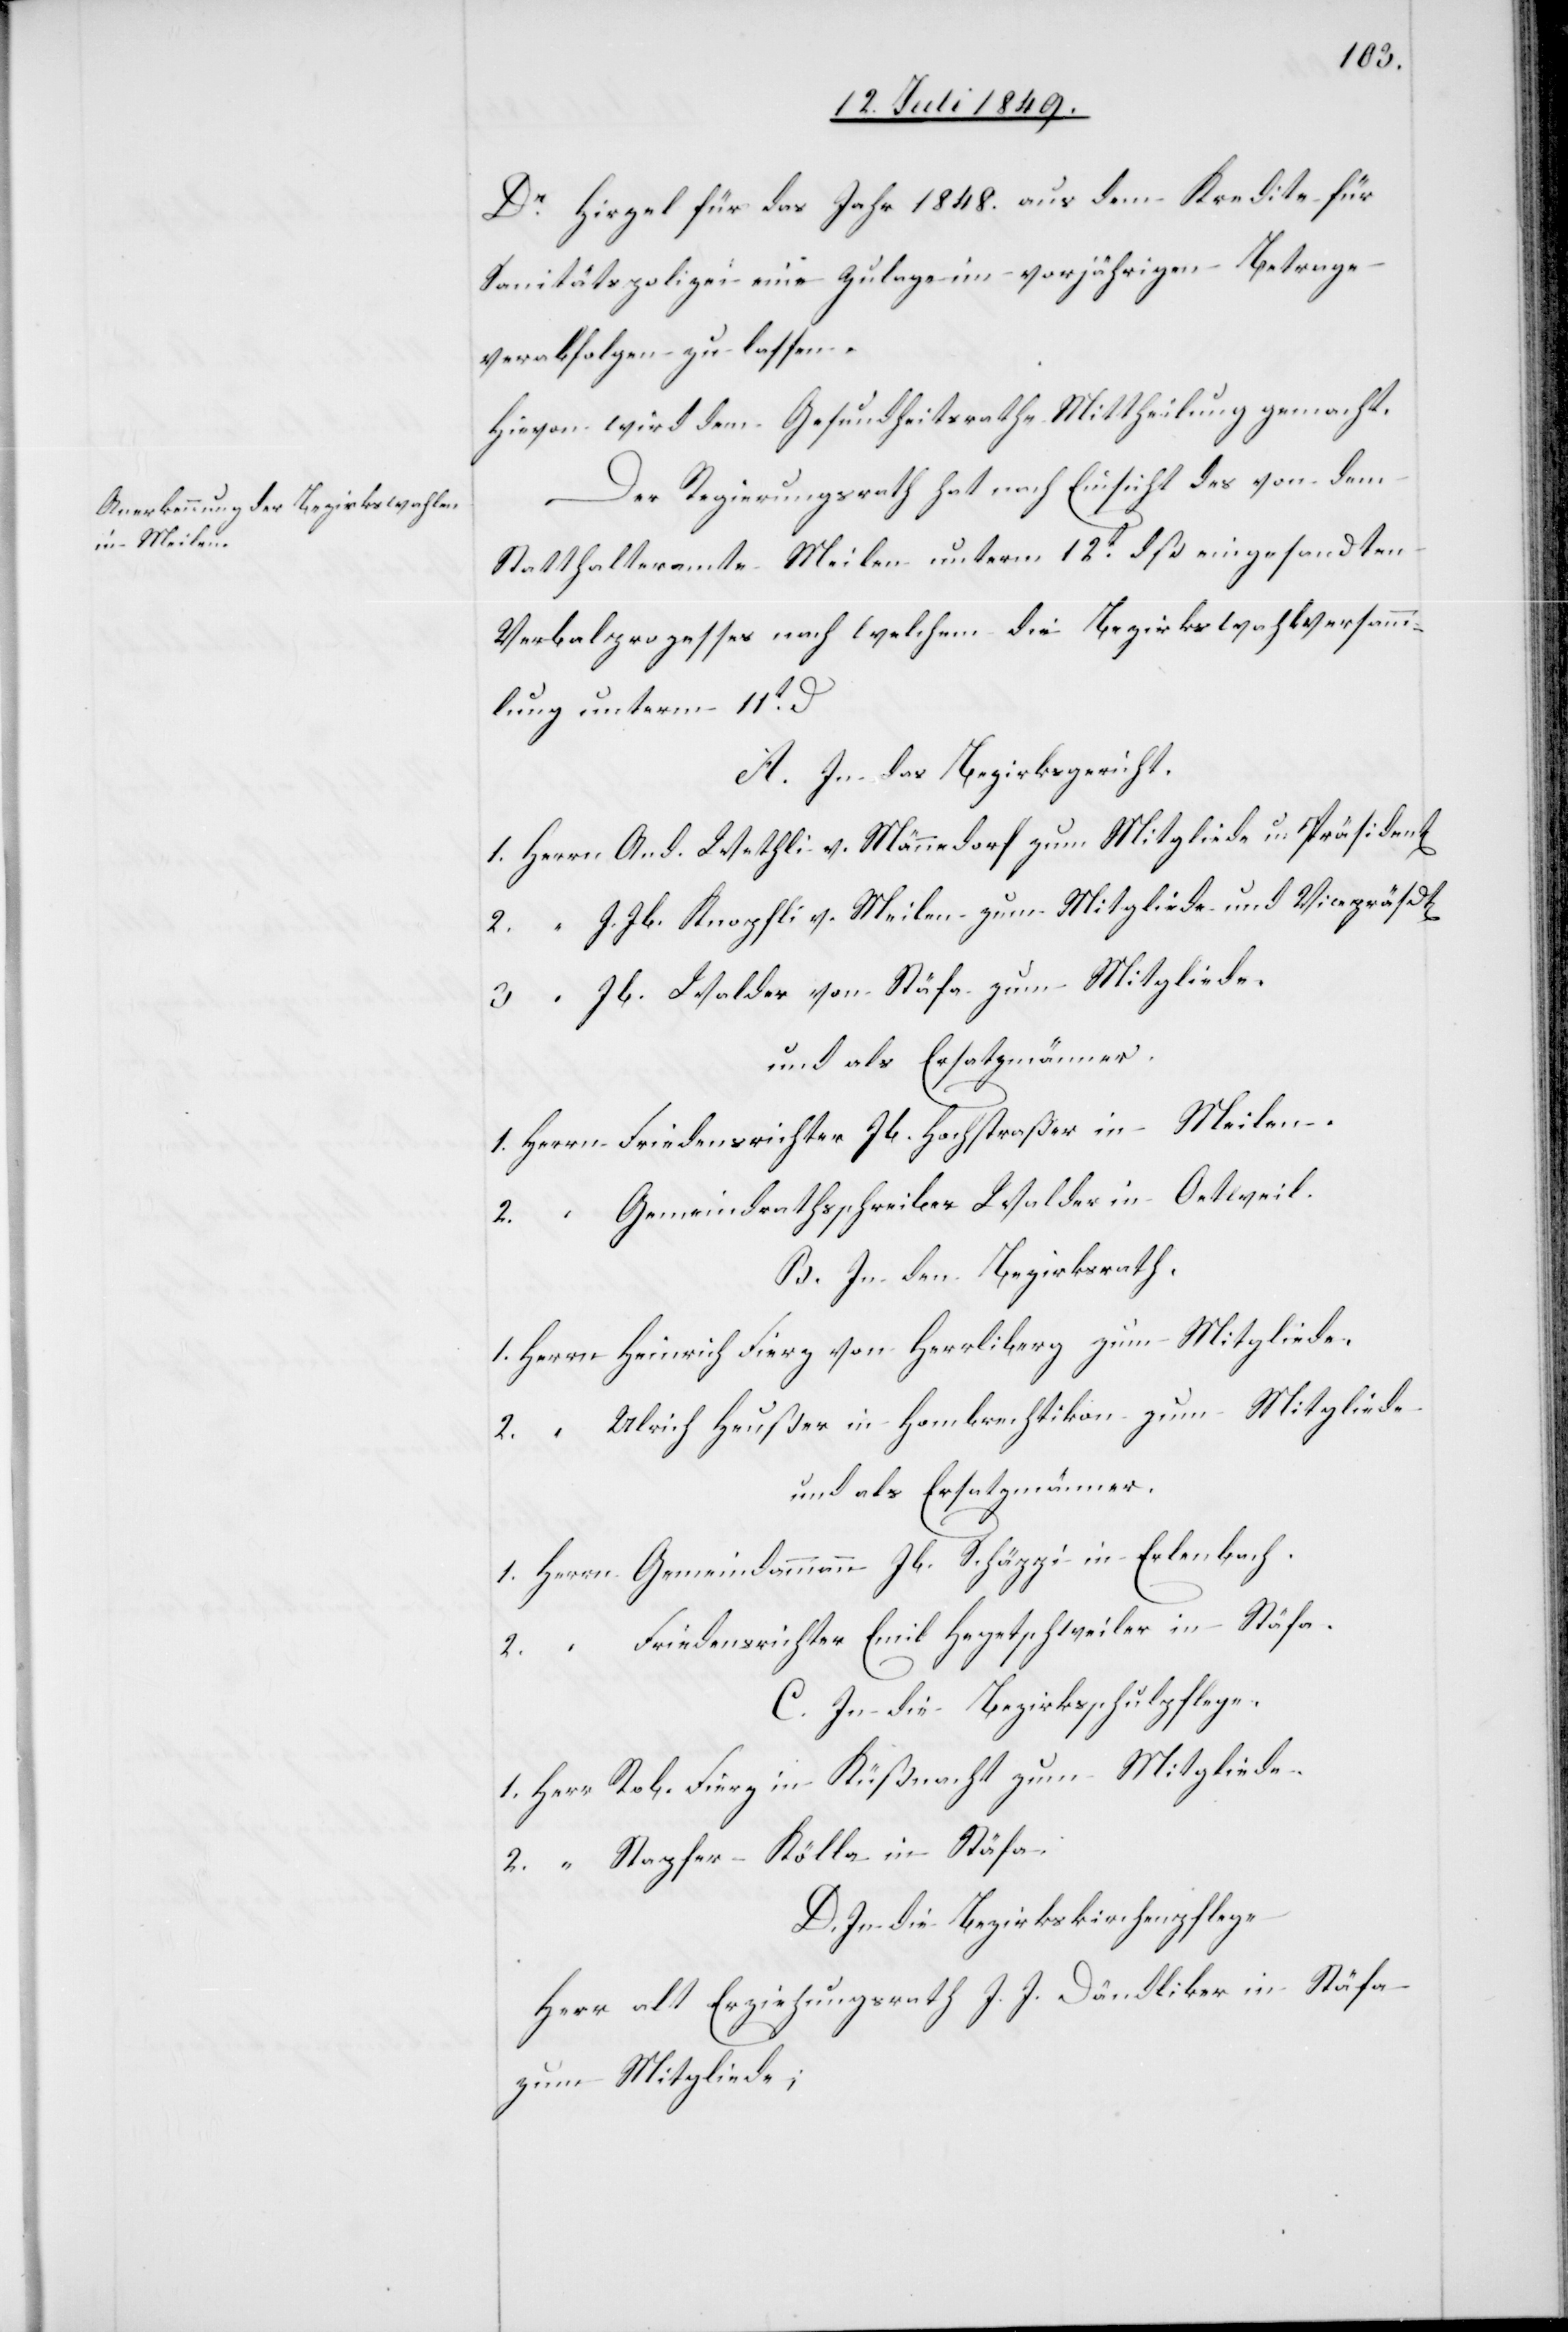
Dr Hirzel für das Jahr 1848. aus dem Kredite für
Sanitätspolizei eine Zulage im vorjährigen Betrage
verabfolgen zu lassen.
Hievon wird dem Gesundheitsrathe Mittheilung gemacht.
Der Regierungsrath hat nach Einsicht des von dem
Statthalteramte Meilen unterm 12t dß eingesandten
Verbalprozesses nach welchem die Bezirkswahlversamm¬
lung unterm 11t d
A. In das Bezirksgericht.
1. Herrn	And. Wethli v. Männedorf zum Mitgliede u. Präsident[en]
2.	“	J. Jb. Knopfli v. Meilen zum Mitgliede und Vicepräsdt[en]
3.	“	Jb. Walder von Stäfa zum Mitgliede.
und als Ersatzmänner.
1. Herrn 	Friedensrichter Jb. Hochstraßer in Meilen.
2.	“	Gemeindrathsschreiber Walder in Oetweil.
B. In den Bezirksrath.
1. Herrn	Heinrich Fierz von Herrliberg zum Mitgliede.
2.	“	Ulrich Heußer in Hombrechtikon zu Mitgliede.
und als Ersatzmänner.
1. Herrn	Gemeindammann Jb. Schäppi in Erlenbach.
2.	“	Friedensrichter Emil Hegetschweiler in Stäfa.
C. In die Bezirksschulpflege.
1. Herr	Rob. Fierz in Küßnacht zum Mitgliede.
2.	“	Stapfer-Köllä in Stäfa.
D. In die Bezirkskirchenpflege
Herr alt Erziehungsrath J. J. Dändliker in Stäfa
zum Mitgliede;